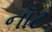
નૉટ